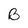
Character: B